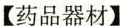
【药品器材】